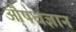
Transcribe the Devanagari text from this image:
औषधज्ञान